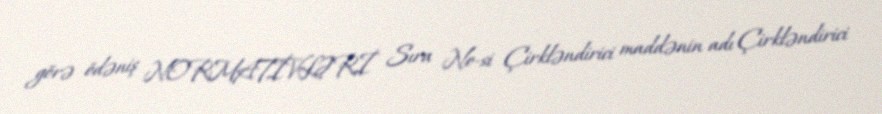
görə ödəniş NORMATİVLƏRİ Sıra №-si Çirkləndirici maddənin adı Çirkləndirici